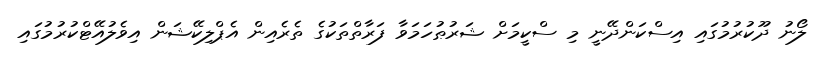
ލޯނު ދޫކުރުމުގައި އިސްކަންދޭނީ މި ސްކީމަށް ޝަރުޠުހަމަވާ ފަރާތްތަކުގެ ތެރެއިން އެޕްލިކޭޝަން އިވެލުއޭޓްކުރުމުގައި